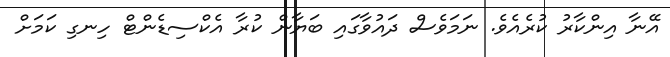
އޭނާ އިންކާރު ކުރެއެވެ. ނަމަވެސް ދައުވާގައި ބަޔާން ކުރާ އެކްސިޑެންޓް ހިނގި ކަމަށް